Vaccination United Provinces of Agra and Oudh 1914-1922 - 1914-1922
Year: 1914
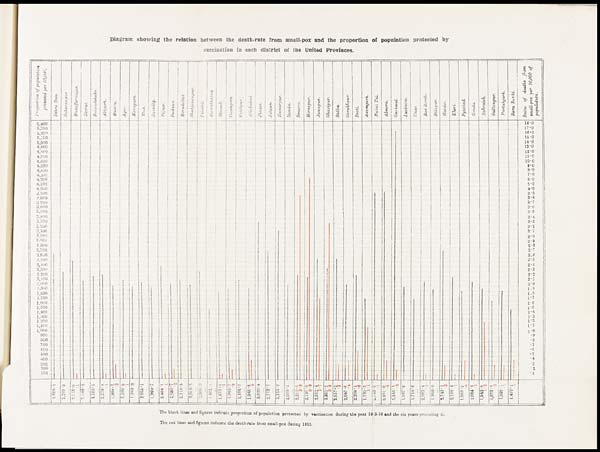
Diagram showing the relation between the dealth-rate from small-pox and the proportion of population protected by
vaccination in each district of the United Provinces.
The black lines and figures indicate proportion of population protected by vaccination during the year 1915-16 and the six years preceding it.
The red lines and figures indicate the death-rate from small-pox during 1915.